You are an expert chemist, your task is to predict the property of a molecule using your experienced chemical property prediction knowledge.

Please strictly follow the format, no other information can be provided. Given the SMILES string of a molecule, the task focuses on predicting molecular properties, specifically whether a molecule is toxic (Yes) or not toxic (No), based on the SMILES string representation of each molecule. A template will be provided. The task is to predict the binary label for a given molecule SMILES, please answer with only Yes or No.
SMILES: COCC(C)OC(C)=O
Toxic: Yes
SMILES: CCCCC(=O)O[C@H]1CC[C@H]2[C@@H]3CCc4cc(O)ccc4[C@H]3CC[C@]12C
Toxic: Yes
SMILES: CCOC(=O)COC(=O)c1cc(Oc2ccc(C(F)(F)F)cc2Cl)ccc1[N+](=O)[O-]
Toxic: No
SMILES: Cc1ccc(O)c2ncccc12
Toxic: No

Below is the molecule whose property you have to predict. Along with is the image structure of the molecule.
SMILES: CCCCCCCCCCCC[N+](C)(C)CCCCCCCCCCCC
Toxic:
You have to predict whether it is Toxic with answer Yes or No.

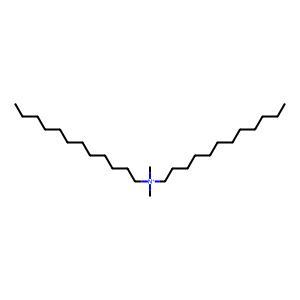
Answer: No